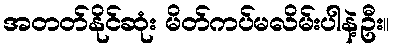
အတတ်နိုင်ဆုံး မိတ်ကပ်မလိမ်းပါနဲ့ဦး။